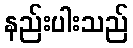
နည်းပါးသည်